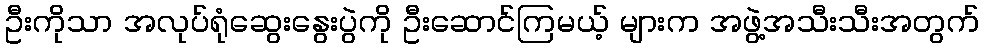
ဦးကိုသာ အလုပ်ရုံဆွေးနွေးပွဲကို ဦးဆောင်ကြမယ့် များက အဖွဲ့အသီးသီးအတွက်